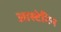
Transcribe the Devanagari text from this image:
आस्टेटिन